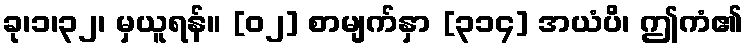
ခု၊၁၊၃၂၊ မှယူရန်။ [၀၂] စာမျက်နှာ [၃၁၄] အယံပိ၊ ဤကံ၏